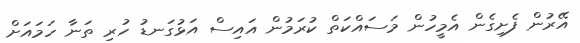
އޭރުން ފެށިގެން އެމީހުން މަސައްކަތް ކުރަމުން އައިސް އަޅުގަނޑު ހުރި ތަނާ ހަމައަށް